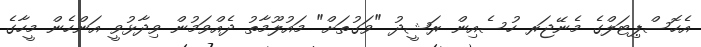
އެހޮސްޕިޓަލްގެ މެނޭޖަރ ހުސެއިން ރަޝީދު "ވަގުތަށް" މައުލޫމާތު ދެއްވަމުން ވިދާޅުވީ އަންހެން މީހާގެ